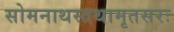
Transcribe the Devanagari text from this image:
सोमनाथस्तथामृतसरः